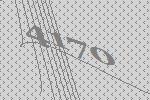
4170